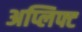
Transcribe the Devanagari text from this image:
अप्लिफ्ट